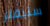
ستيفلر